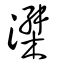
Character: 滐